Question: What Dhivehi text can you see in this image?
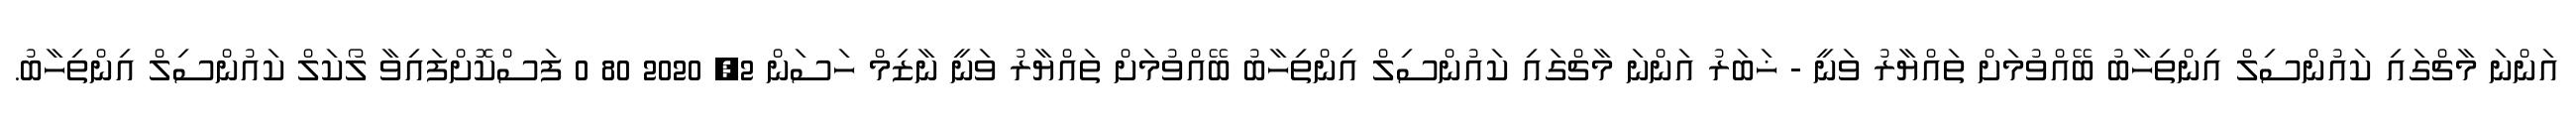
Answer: އަންނަ މާޗްގައި ކައުންސިލް އިންތިހާބު ބޭއްވުމަށް ތައްޔާރު ވަނީ - ޚަބަރު އަންނަ މާޗްގައި ކައުންސިލް އިންތިހާބު ބޭއްވުމަށް ތައްޔާރު ވަނީ ނާޒިމް ހަސަން 2, 2020 80 0 ފަސްކޮށްފައިވާ ލޯކަލް ކައުންސިލް އިންތިހާބު.